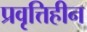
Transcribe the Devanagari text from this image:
प्रवृत्तिहीन